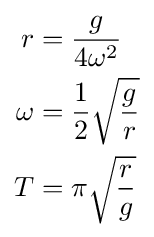
{\begin{aligned}r&={\frac {g}{4\omega ^{2}}}\\\omega &={\frac {1}{2}}{\sqrt {\frac {g}{r}}}\\T&=\pi {\sqrt {\frac {r}{g}}}\\\end{aligned}}